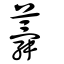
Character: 蕣